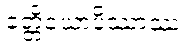
ခတ္တိယောပိဿာဿ